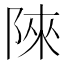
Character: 䧒